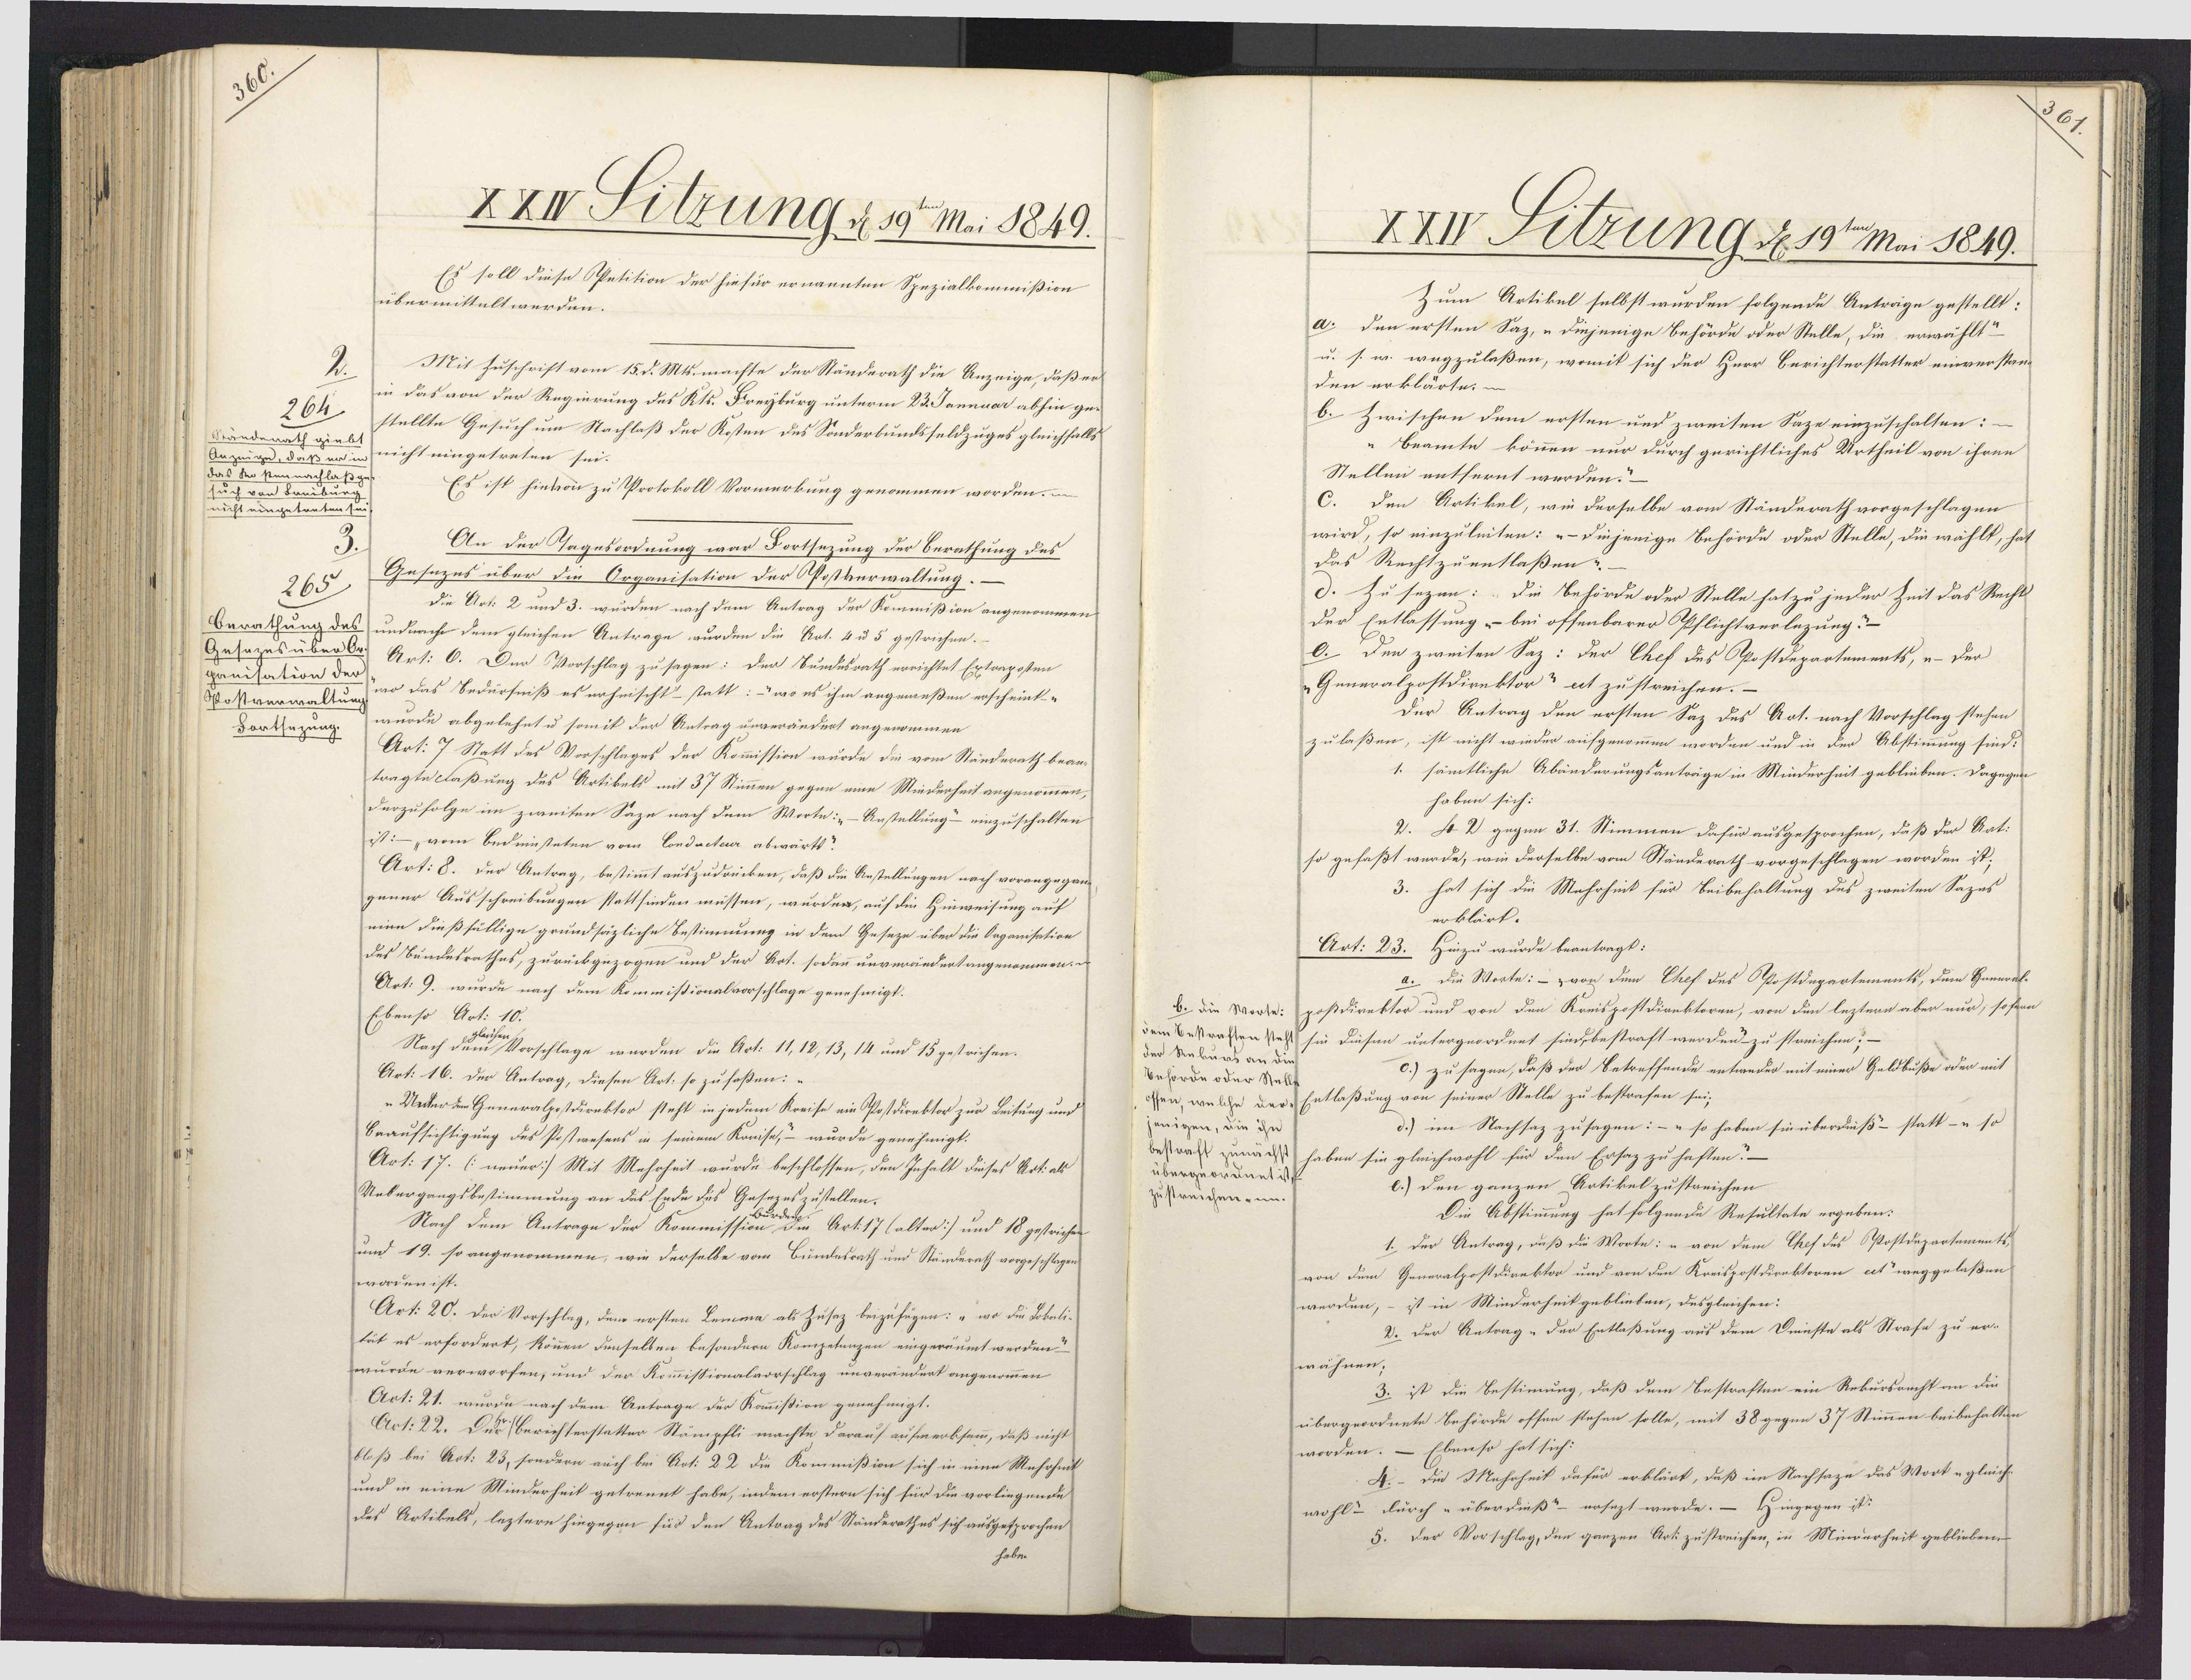
Sitrung e 19e Mai 1842
C:s soll Pinsn pntition dur sirsur nouantuw Vinzialkommision
isnomitsultiurvan.
Mit Zupfrift von 15.S. MH. marsta Sar Vansvoorth Sin Auzuiga, Serpra
in Sas vou dur Ragirung Sas Ks. Frrijburg uutuam 23. Jannaar absin gn
264
stullte Gejussuw Harslap dar Rotun ens Vonderbunds suldzugas glmiissalls
andaaert vn iistningatanten Jui.
Angunzn, doop nw in
des te pannen
Cs ist sinnou zu PProtoholl Vormurburq gunomman wordem in
Ju van Lumki
miist ningntanten ta
Oen van Bagnbondnung war Portjagung van buratsung ees
Gnsugus ubur den Organisation San Co Churwaltung.-
265
Sir Urk: 2 uud 3. wurden nach van Antraq Sne Roumission augunomman
bran thung das Junsunise van gluisen Antwaga vourdan din Rut. 1 ad 5 gustrissun.
pe mmeden kasi v Eane Borteslag qusagmn ene Aundants muistet Catangehan
ganisertion dat
dde Nunrwalturgme Ens Ereursniss ns mesnisist Patt: - mo ns isi angmensdun anfisuinte
wuoer abgulasutie jomit ene Antraq unarenduet angenommnn
Santsuinng
Art: 7 Natt des Vorsislagus dar Romission wurde di voo Handrants bran¬
tongtwclaprng ves Artibels mit 37 Nunan gegun mun Minversuit angunoman
Surzufolya im ziruiten Vaza nach Sum Wootw:„- Anstullungr ninzupsalten
i1: „vom budmistaten vou Condecteur abmarts
Art: E. vnr Antrog, bestinit auszuvaniken, sap din benstallungen uaes vorangegant
guuur Aus shrniburgee satssinden mussee, wardr ausdin hunwising ant
mun vinssullige grundpiglisse butinuring in dans Gusuyn ubme die Onganisatian
dns bunensoutsus, zurui gnzogen und dae bot. sodan uuwmnduateruymanimen
Art: 9. wuren nach vam Rommnissionalvorpslaga quinsusigt.
Cbanse Aat: 10.
Nach dan voopslaga wurdan sin Got: 11, 12, 13, 14 uud 13 gatriisan
Art: N6. van Antrag, Sinsan Art: so zu sopuu:
n Huhed Gunnvolgetrouktoe Pust in jnvau Konisa uin po dionktoe zun Luitung um
baanssistiging ens Jo trarsans in Janru Konise muren gaussiigt
Oot: 17. (ununw:) Mit Masasuit wurda bufislosfen, San Jnsalt dinsut Ast: als
Muburgangsbrstimmung an das suer vas Gasains zustullan
Nos Juu Antragu dae Roumissio
/ Rrt: 17 Calbor:/ uus 18 gesuien
und 19. paugunomnenu, wir varselbe van bunensoorts und Humrants voogepstagt
vervan ist
Ark: 2O. van Vorfislug, duu nostau Lanema als Zusaz brigusugun:  we di sohalie
fut us uefordert, kourn Suufalbuu busoudurn Ronsgatuuzan aisgaruumt wasden
nurur vaoworsan, uue dae Rouistionalversslag nuarraneant anganoman
Art: 21. muven naeh dam Antraga van Romisdian genafmigt
Art: 22. En brrisstaastattur Hangfli meeste Pavau) aufmarkfam, vas miist
660s3 bui Kat 23, fondran augs ban Eos d 2 ei Rommisdion sin in nina Ansosml
und in niur Mindarsuit gaterant sabr, indeu rostern sich sir ven vorlingenont
was Artibuls, lagtaen singiguer sie dan Antrag ens Handrrathus Jis esinsgroise
sabr

W Suring Ne 19=m Mai 1849.
hum Artibul sulbst wurden solguneu Antroiqu gustullt.
a:o Suu nestuw Saz, u vinjunige bnsoren edne Hulla, sin nuuwislt
n. Jw. wugzulaseu, wonit sich due huar bariistuestattur nstan
van ueblootw.en
b. Zmisisen Sun nosten und zunitun Paza ninzusisalten:
„buante bourw nue durch quristliisus Vrthail von isann
Hulluw mitsnant wurvn.
C. Van Aatihul, win durfelbe vom Vansnoorts vorgepslogun
wird, se ninguluiten:  vinjunige busoren evue Hulla, vin maslt, sal
Pas Russtzuanslapun.-
d. Lu Jugun: Vin besoren ovre Hulle salzu jneue Zuit Sas Buist
Eue Cutlassung bui offimbaare Opslustvarlnzungr
O. Pun zuniten Saz: dne Chef ens Postengartumants, n vnd
Gunwvalgostdianstor eet zustrnissen.-
due Antrorg van nrstun Van ens Aet. nach Voopslag susen
zulasan, ist uist windie ausguromu worden und in End Abstinng find
samtlissa Abandnungsantooiga in Mindursuit gubliibun. Vorguine
sobum jus:
2. st 2 guguw 31. Nimman Jafie ausgasgoorsen, sn P due Wet:
je gufapt wanda, win Taefelbe vou Handranth vorgapslagan moovan it;
3. sal sich din Masosint sue bribusaltung dus Zunitun Pagus
neblaot.
Art: 23.
huize wurde baantoagt:
a vi Wartw: von hunw Thef enb Oostengnatumants, hun Gunwale
be din Woot: geschurksoe und van Jan Kunisgofvrankloven, nou vun lagtnuw erban muud, Jofn
dam vnsansan Nes Ji Luisuw uataequordmat sind bestoaft warvan zu sunissuw
ene kukurs an die
O.) zu Jagun, sass ere baterssuudn antandae mit miure Guldbuse vaw mit
onsoren oene Nul
ofrie van sehn war Cutlasung van pinua Walla zu bastensan Jui¬
junigei, uin isn
de in Naissag zufagun:  so sabuw finuburdiis sattn so
beswor iuwe sebuw fin gluisswrosl sue Suw Cesay zu sastumr.
uburgnoueunti
l: van ganzen Ratihel zustanissen
zustrnichmom
Din Abstimung sat folguudn Rasultate nognbuu:
1 Eae Antoord, enp ver Wootn: i von vum lhef Snt 6postengantummits,
von Sum Gunamlgosvinaktoe uud von van Rarisgofferanksovmn eet waggnlusdun
twaerlen, - is in Mindasuit gublinbun, ensglaissan:
D. Ere Antoorg „ Paa Cutlapunq ant dum Pninstw als Hoasa zu uw
misuan.
3: it ein bastinung, dap vui bestaaftun ain Rrhurbamst om vi
ubragrordiente bnsoren offin plasan solla, mit 38 gugun 37 Wuman buibesulken
wooden Clunse sal sis
H: vin Mrusasnit dasud arblaat, dap ien Nenssaga dus Wootngluis
wosl curch ubarvinsr nasugt wurdr. hingagen it
5. dar Vorsislag, suw garzuu Ark zustrrissen, in Minvursuit eblinbaur